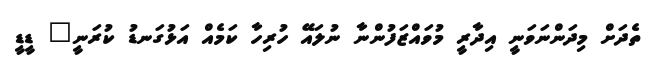
ތެދަށް މިދަންނަވަނީ އިދާރީ މުވައްޒަފުންނާ ނުލައޭ ހުރިހާ ކަމެއް އަޅުގަނޑު ކުރަނީ" ޑީޑީ